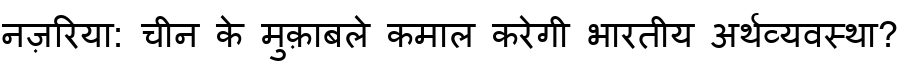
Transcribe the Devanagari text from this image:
नज़रिया: चीन के मुक़ाबले कमाल करेगी भारतीय अर्थव्यवस्था?